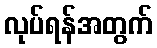
လုပ်ရန်အတွက်